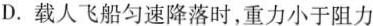
D.载人飞船匀速降落时，重力小于阻力